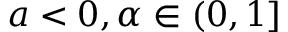
a < 0 , \alpha \in ( 0 , 1 ]